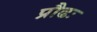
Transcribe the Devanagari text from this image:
प्रौढः